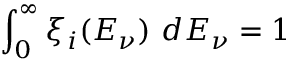
\int _ { 0 } ^ { \infty } \xi _ { i } ( E _ { \nu } ) \ d E _ { \nu } = 1